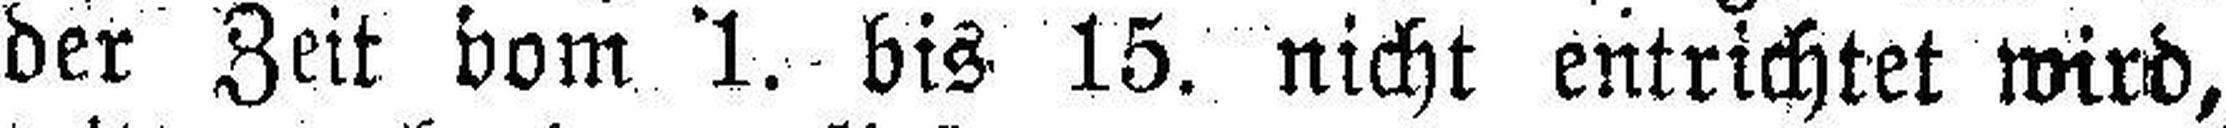
der Zeit bom 1. bis 15. nicht entrichtet wird,